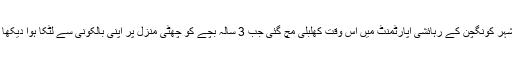
بین الاقوامی خبر رساں ادارے کے مطابق جنوبی چین کے شہر کونگچن کے رہائشی اپارٹمنٹ میں اس وقت کھلبلی مچ گئی جب 3 سالہ بچے کو چھٹی منزل پر اپنی بالکونی سے لٹکا ہوا دیکھا گیا، بچہ بری طرح خوفزدہ تھا اور زار و قطار رو رہا تھا۔